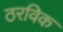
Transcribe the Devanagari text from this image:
ठरविक